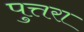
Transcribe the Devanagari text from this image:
पुत्तरा